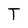
Character: T